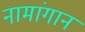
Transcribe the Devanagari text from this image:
नामांगान